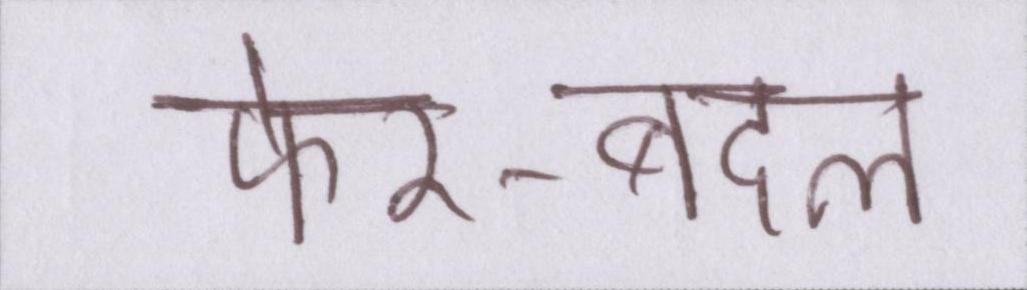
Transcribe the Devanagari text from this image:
फेर-बदल